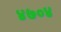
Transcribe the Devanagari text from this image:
४७०४